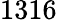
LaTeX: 1316